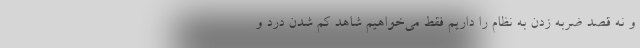
و نه قصد ضربه زدن به نظام را داریم فقط می‌خواهیم شاهد کم شدن درد و